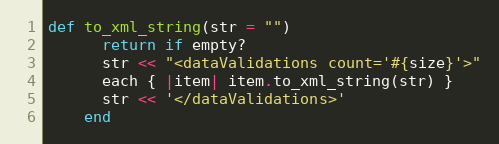
Language: Ruby
def to_xml_string(str = "")
      return if empty?
      str << "<dataValidations count='#{size}'>"
      each { |item| item.to_xml_string(str) }
      str << '</dataValidations>'
    end